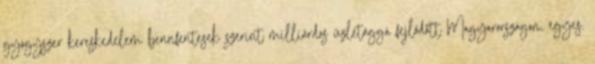
gyógyszer kereskedelem bennfentesek szerint milliárdos üzletággá fejlődött Magyarországon, egyes.